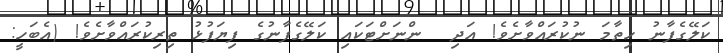
ކަލޭގެފާނު ހިތާމަ ނުކުރައްވާށެވެ! އަދި  ންނަށްޓަކައި ކަލޭގެފާނުގެ ފިޔަފުޅު ތިރިކުރައްވާށެވެ! (އެބަހީ: